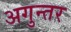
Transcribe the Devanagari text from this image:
अगुन्तर